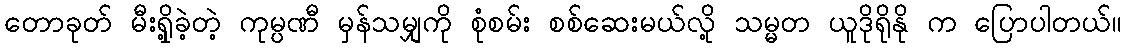
တောခုတ် မီးရှို့ခဲ့တဲ့ ကုမ္ပဏီ မှန်သမျှကို စုံစမ်း စစ်ဆေးမယ်လို့ သမ္မတ ယူဒိုရိုနို က ပြောပါတယ်။